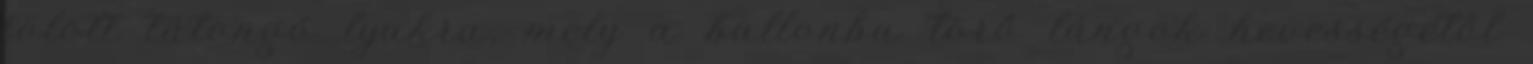
fölött tátongó lyukra, mely a ballonba törő lángok hevességétől